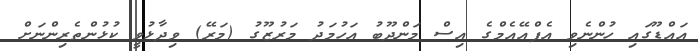
އައްޑޫގައި ހުންނެވި އެފްއޭއެމްގެ އިސް މަންދޫބު އަހުމަދު މަރުޒޫގު (މަރޭ) ވިދާޅުވީ ކުޅުންތެރިންނަށް